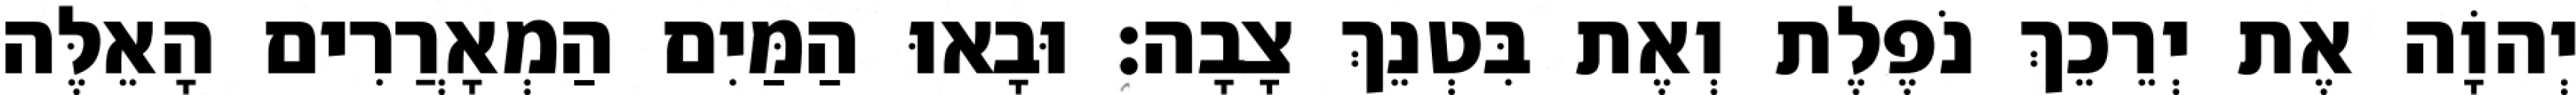
יְהוָֹה אֶת יְרֵכֵךְ נֹפֶלֶת וְאֶת בִּטְנֵךְ צָבָה׃ וּבָאוּ הַמַּיִם הַמְאָרֲרִים הָאֵלֶּה